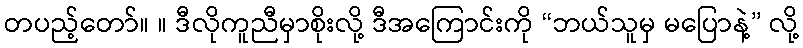
တပည့်တော်။ ။ ဒီလိုကူညီမှာစိုးလို့ ဒီအကြောင်းကို “ဘယ်သူမှ မပြောနဲ့” လို့